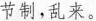
节制，乱来。